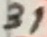
Text: 31